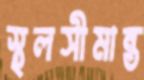
স্থলসীমান্ত